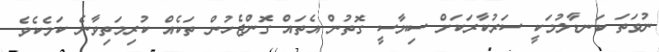
ނުވަތަ ކަނޑާލުމަކީ ސަރުކާރަކަށް ސިޔާސީ ގޮތުން އެތައް ގޮންޖެހުން ތަކެއް ކުރިމަތިވާނެ ކަމެކެވެ.